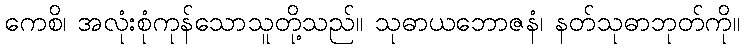
ကေစိ၊ အလုံးစုံကုန်သောသူတို့သည်။ သုဓာယဘောဇနံ၊ နတ်သုဓာဘုတ်ကို။